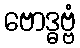
ဗောဒ္ဓဗ္ဗံ